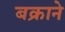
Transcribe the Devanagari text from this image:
बक्राने